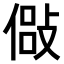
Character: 𫣇